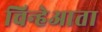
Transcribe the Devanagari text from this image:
चिन्हेआता